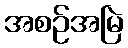
အစဉ်အမြဲ